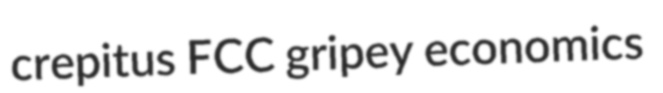
crepitus FCC gripey economics